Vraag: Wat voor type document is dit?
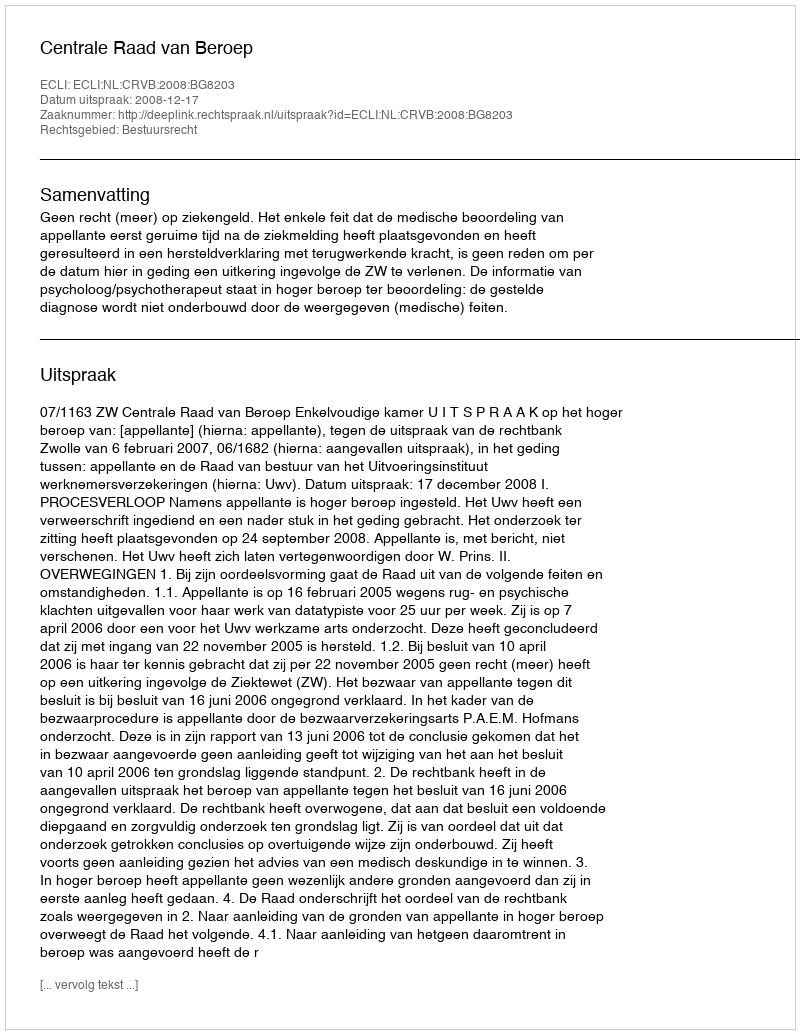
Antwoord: Uitspraak